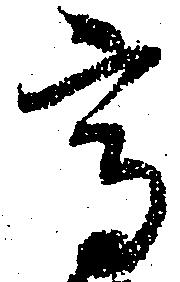
高